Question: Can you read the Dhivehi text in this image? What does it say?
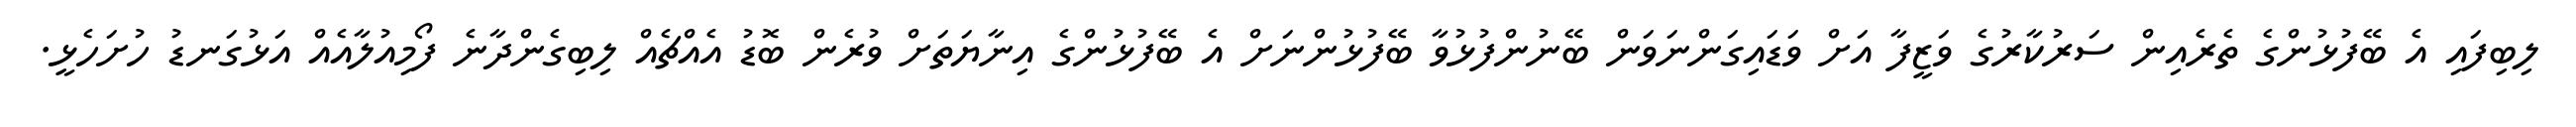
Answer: ލިބިފައި އެ ބޭފުޅުންގެ ތެރެއިން ސަރުކާރުގެ ވަޒީފާ އަށް ވަޑައިގަންނަވަން ބޭނުންފުޅުވާ ބޭފުޅުންނަށް އެ ބޭފުޅުންގެ އިނާޔަތަށް ވުރެން ބޮޑު އެއްޗެއް ލިބިގެންދާނެ ފޯމިއުލާއެއް އަޅުގަނޑު ހުށަހެޅީ.